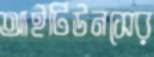
আইটিউনসের